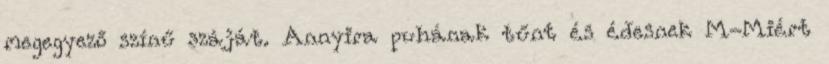
megegyező színű száját. Annyira puhának tűnt és édesnek M-Miért